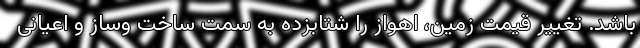
باشد. تغییر قیمت زمین، اهواز را شتابزده به سمت ساخت وساز و اعیانی